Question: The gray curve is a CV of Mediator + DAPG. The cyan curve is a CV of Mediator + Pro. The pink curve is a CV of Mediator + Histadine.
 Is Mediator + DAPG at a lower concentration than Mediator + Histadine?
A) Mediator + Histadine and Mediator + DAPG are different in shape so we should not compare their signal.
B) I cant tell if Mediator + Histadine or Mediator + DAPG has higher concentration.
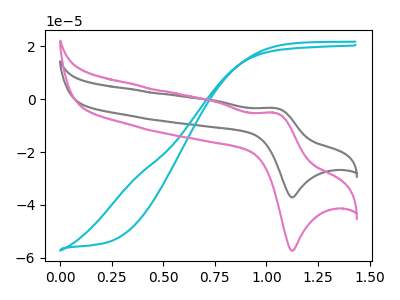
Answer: <think>The gray curve "Mediator + DAPG" has an anodic peak at (1.05V, -3.40uA) and a cathodic peak at (1.15V, -37.15uA). The cyan curve "Mediator + Pro" has no peaks. The pink curve "Mediator + Histadine" has an anodic peak at (1.05V, -5.25uA) and a cathodic peak at (1.15V, -57.35uA).
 All the peaks in "Mediator + Histadine" have a peak in "Mediator + DAPG" at the same potential.</think>
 <answer>B) I cant tell if "Mediator + Histadine" or "Mediator + DAPG" has higher concentration.</answer>
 <eval>B</eval>